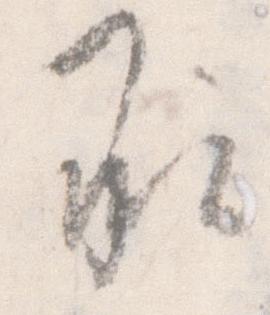
承